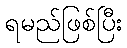
ရမည်ဖြစ်ပြီး